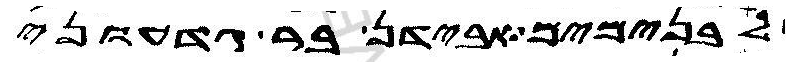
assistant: לבנימים אבידן בר גדעוני